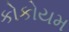
કોકોયમ